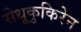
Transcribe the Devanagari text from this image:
सेधूकुकिरेन